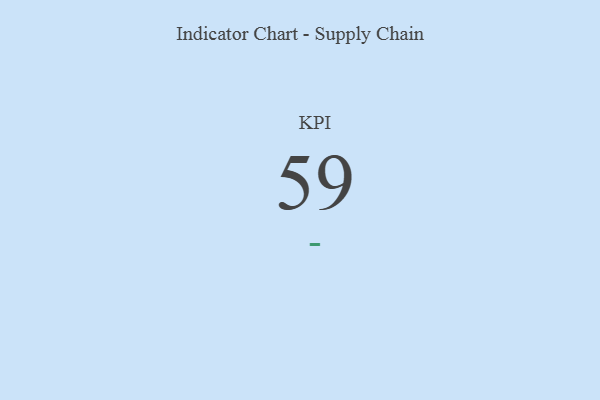
{"axis": {"x": "KPI", "y": "Value"}, "legend": [""], "data": [{"x": "KPI", "y": 59, "type": ""}]}